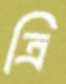
ত্রি